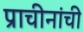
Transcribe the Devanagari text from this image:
प्राचीनांची